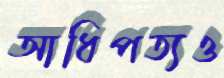
আধিপত্যও